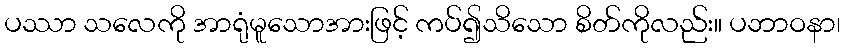
ပဿာ သလေကို အာရုံမူသောအားဖြင့် ကပ်၍သိသော စိတ်ကိုလည်း။ ပဘာဝနာ၊